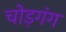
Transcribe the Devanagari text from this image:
चोड़गंग